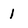
Character: 1